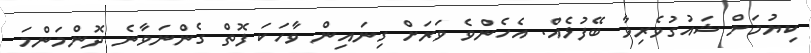
ކިޔުމަށް ޝައުގުވެރިވާ ބޭފުޅެއް. އެހެންވެ ވަރަށް ގިނައިން ވާހަކަ ފޮތް ގެންނަވާނެ ދޮންމަންމަ